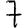
Digit: 7